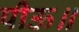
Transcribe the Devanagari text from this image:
पीऊ॥